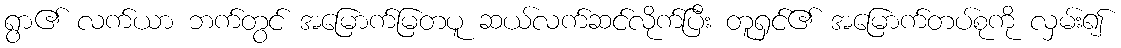
ရွာ၏ လက်ယာ ဘက်တွင် အမြောက်မြတပူ ဆယ်လက်ဆင်လိုက်ပြီး တူရှင်၏ အမြောက်တပ်စုကို လှမ်း၍